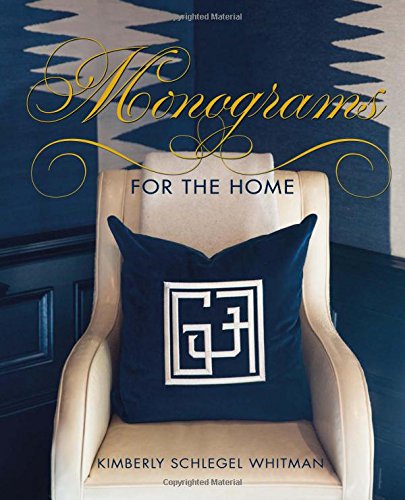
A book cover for Monograms For The Home; Kimberly Whitman; Crafts, Hobbies & Home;